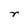
Character: r